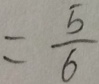
= \frac { 5 } { 6 }